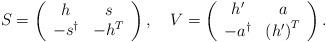
LaTeX: \begin{align*}S=\left(\begin{array}{cc}h & s \\-s^{\dagger } & -h^{T}\end{array}\right) ,\quad V=\left(\begin{array}{cc}h^{\prime } & a \\-a^{\dagger } & \left( h^{\prime }\right) ^{T}\end{array}\right) . \end{align*}